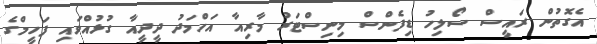
އެގޮތުން ރައީސް ސޯލިހު ޑިފެންސް މިނިސްޓަރު މާރިއާ އަހްމަދު ދީދީއާ ގުޅުއްވައި ފަހީމްގެ